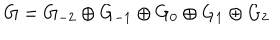
G = G _ { - 2 } \oplus G _ { - 1 } \oplus G _ { 0 } \oplus G _ { 1 } \oplus G _ { 2 }